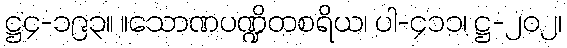
ဋ္ဌ၄-၁၉၃။ ။သောဏပဏ္ဍိတစရိယ၊ ပါ-၄၁၁၊ ဋ္ဌ-၂၀၂၊